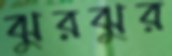
ঝুরঝুর